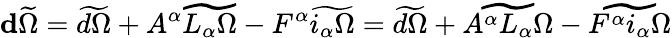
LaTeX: \mathbf{d}\widetilde\Omega=\widetilde{d\Omega}+A^{\alpha}\widetilde{L_{\alpha}\Omega}-F^{\alpha}\widetilde{i_{\alpha}\Omega}=\widetilde{d\Omega}+\widetilde{A^{\alpha}L_{\alpha}\Omega}-\widetilde{F^{\alpha}i_{\alpha}\Omega}